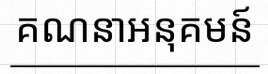
គណនាអនុគមន៍